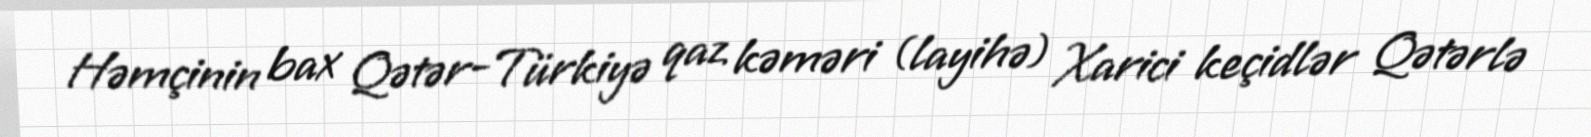
Həmçinin bax Qətər-Türkiyə qaz kəməri (layihə) Xarici keçidlər Qətərlə